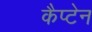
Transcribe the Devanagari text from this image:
कैप्‍टेन